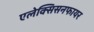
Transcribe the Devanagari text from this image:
एलेक्सिसनफायर